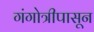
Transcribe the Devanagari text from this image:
गंगोत्रीपासून